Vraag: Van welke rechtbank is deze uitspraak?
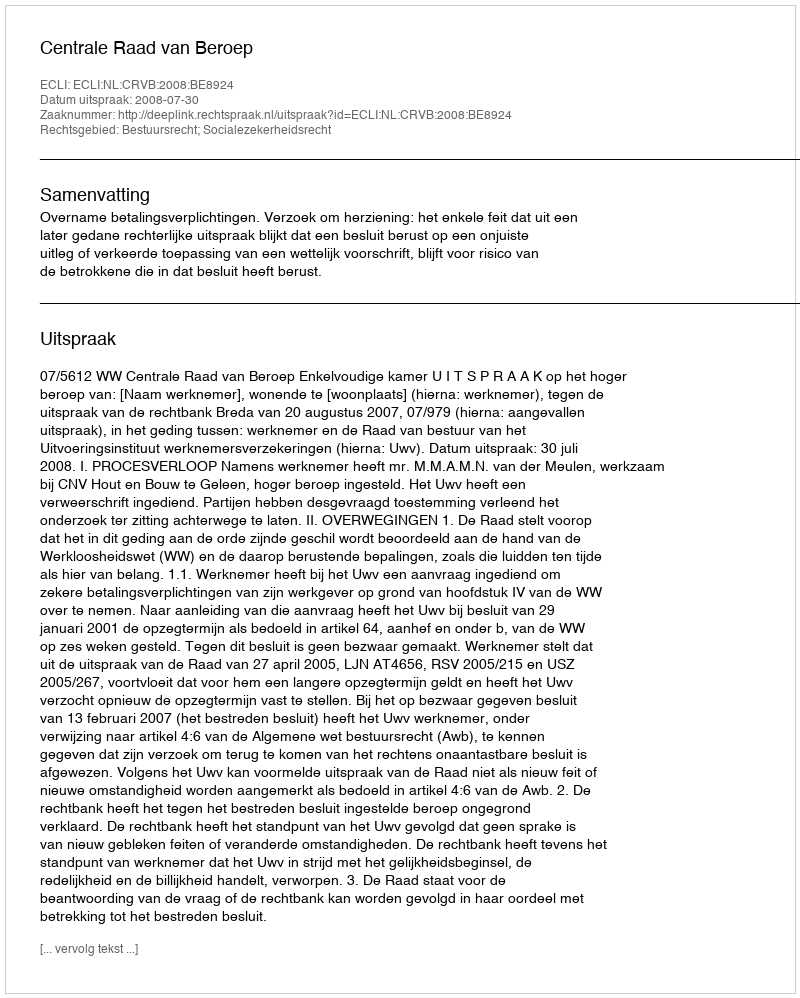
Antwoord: Centrale Raad van Beroep